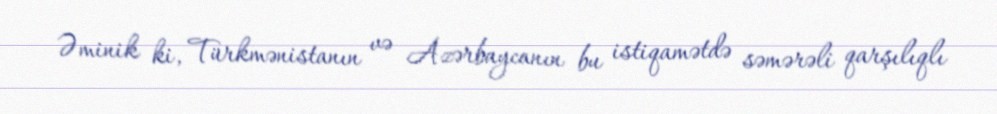
Əminik ki, Türkmənistanın və Azərbaycanın bu istiqamətdə səmərəli qarşılıqlı